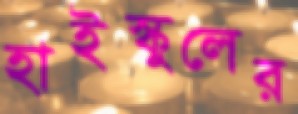
হাইস্কুলের